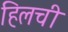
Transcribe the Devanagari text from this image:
हिलची